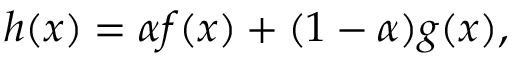
h ( \boldsymbol { x } ) = \alpha f ( \boldsymbol { x } ) + ( 1 - \alpha ) g ( \boldsymbol { x } ) ,